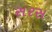
સરસ